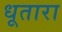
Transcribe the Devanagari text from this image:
धूतारा